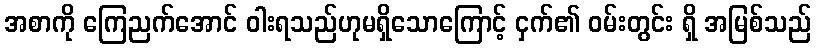
အစာကို ကြေညက်အောင် ဝါးရသည်ဟုမရှိသောကြောင့် ငှက်၏ ဝမ်းတွင်း ရှိ အမြစ်သည်